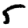
Digit: 5